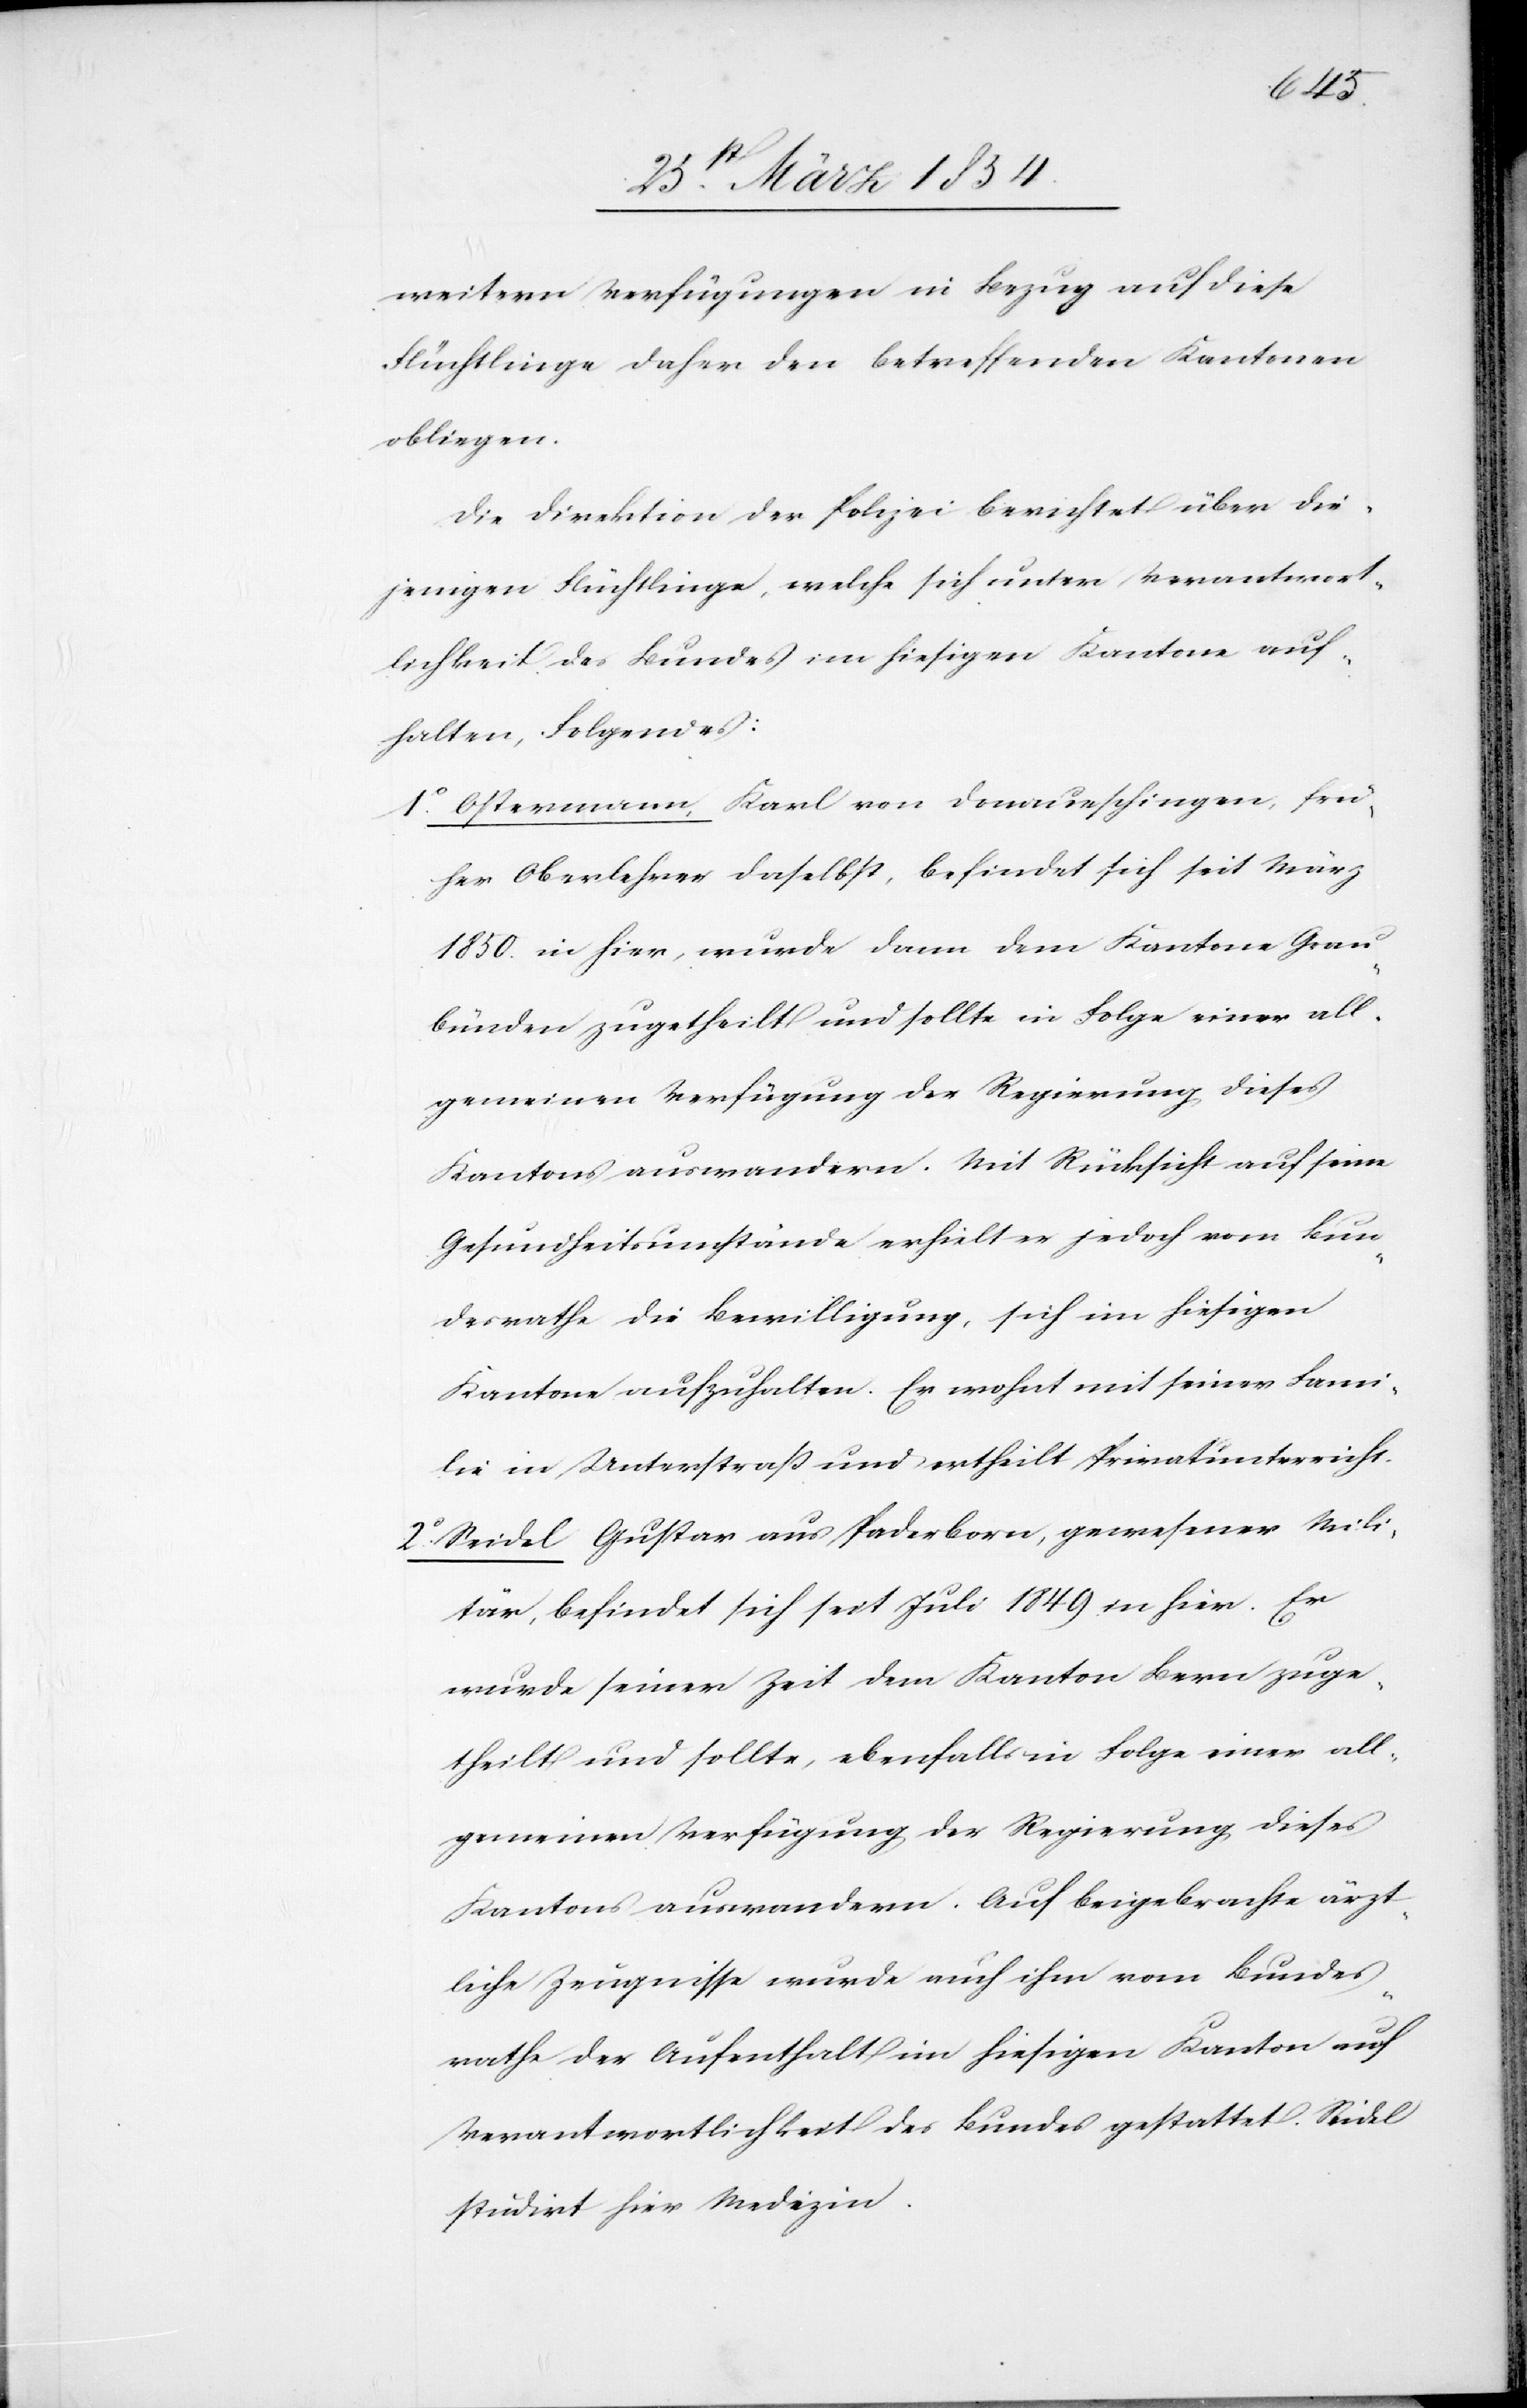
weitern Verfügungen in Bezug auf diese
Flüchtlinge daher den betreffenden Kantonen
obliegen.
Die Direktion der Polizei berichtet über die¬
jenigen Flüchtlinge, welche sich unter Verantwortung
aufhalten, Folgendes:
1o Ostermann, Karl von Donaueschingen, frü¬
her Oberlehrer daselbst, befindet sich seit März
1850. in hier, wurde dann dem Kantone Grau¬
bünden zugetheilt und sollte in Folge einer all¬
gemeinen Verfügung der Regierung dieses
Kantons auswandern. Mit Rücksicht auf seine
Gesundheitsumstände erhielt er jedoch vom Bun¬
desrathe die Bewilligung, sich im hiesigen
Kantone aufzuhalten. Er wohnt mit seiner Fami¬
lie in Unterstraß und ertheilt Privatunterricht.
2o Seidel Gustav aus Paderborn, gewesener Mili¬
tär, befindet sich seit Juli 1849 in hier. Er
wurde seiner Zeit dem Kanton Bern zuge¬
theilt und sollte, ebenfalls in Folge einer all¬
gemeinen Verfügung der Regierung dieses
Kantons auswandern. Auf beigebrachte ärzt¬
liche Zeugnisse wurde auch ihm vom Bundes¬
rathe der Aufenthalt im hiesigen Kanton auf
Verantwortlichkeit des Bundes gestattet. Seidel
studirt hier Medizin.